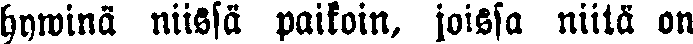
hywinä niissä paikoin, joissa niitä on